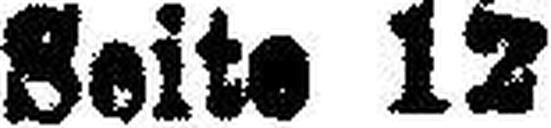
Seite 12